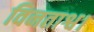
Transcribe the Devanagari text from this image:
विनताश्व।